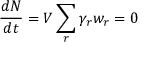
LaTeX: { \frac { d N } { d t } } = V \sum _ { r } \gamma _ { r } w _ { r } = 0